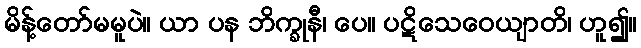
မိန့်တော်မမူပဲ။ ယာ ပန ဘိက္ခုနီ၊ ပေ။ ပဋိသေဝေယျာတိ၊ ဟူ၍။